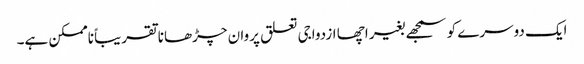
ایک دوسرے کو سمجھے بغیر اچھا ازدواجی تعلق پروان چڑھانا تقریباً ناممکن ہے۔